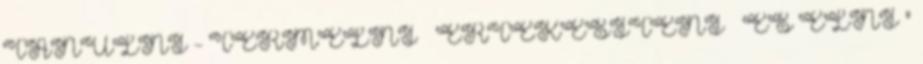
TANULNI - TERMELNI – ÉRTÉKESÍTENI – ÉS ÉLNI ”